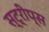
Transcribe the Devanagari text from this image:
स्ट्रीप्स